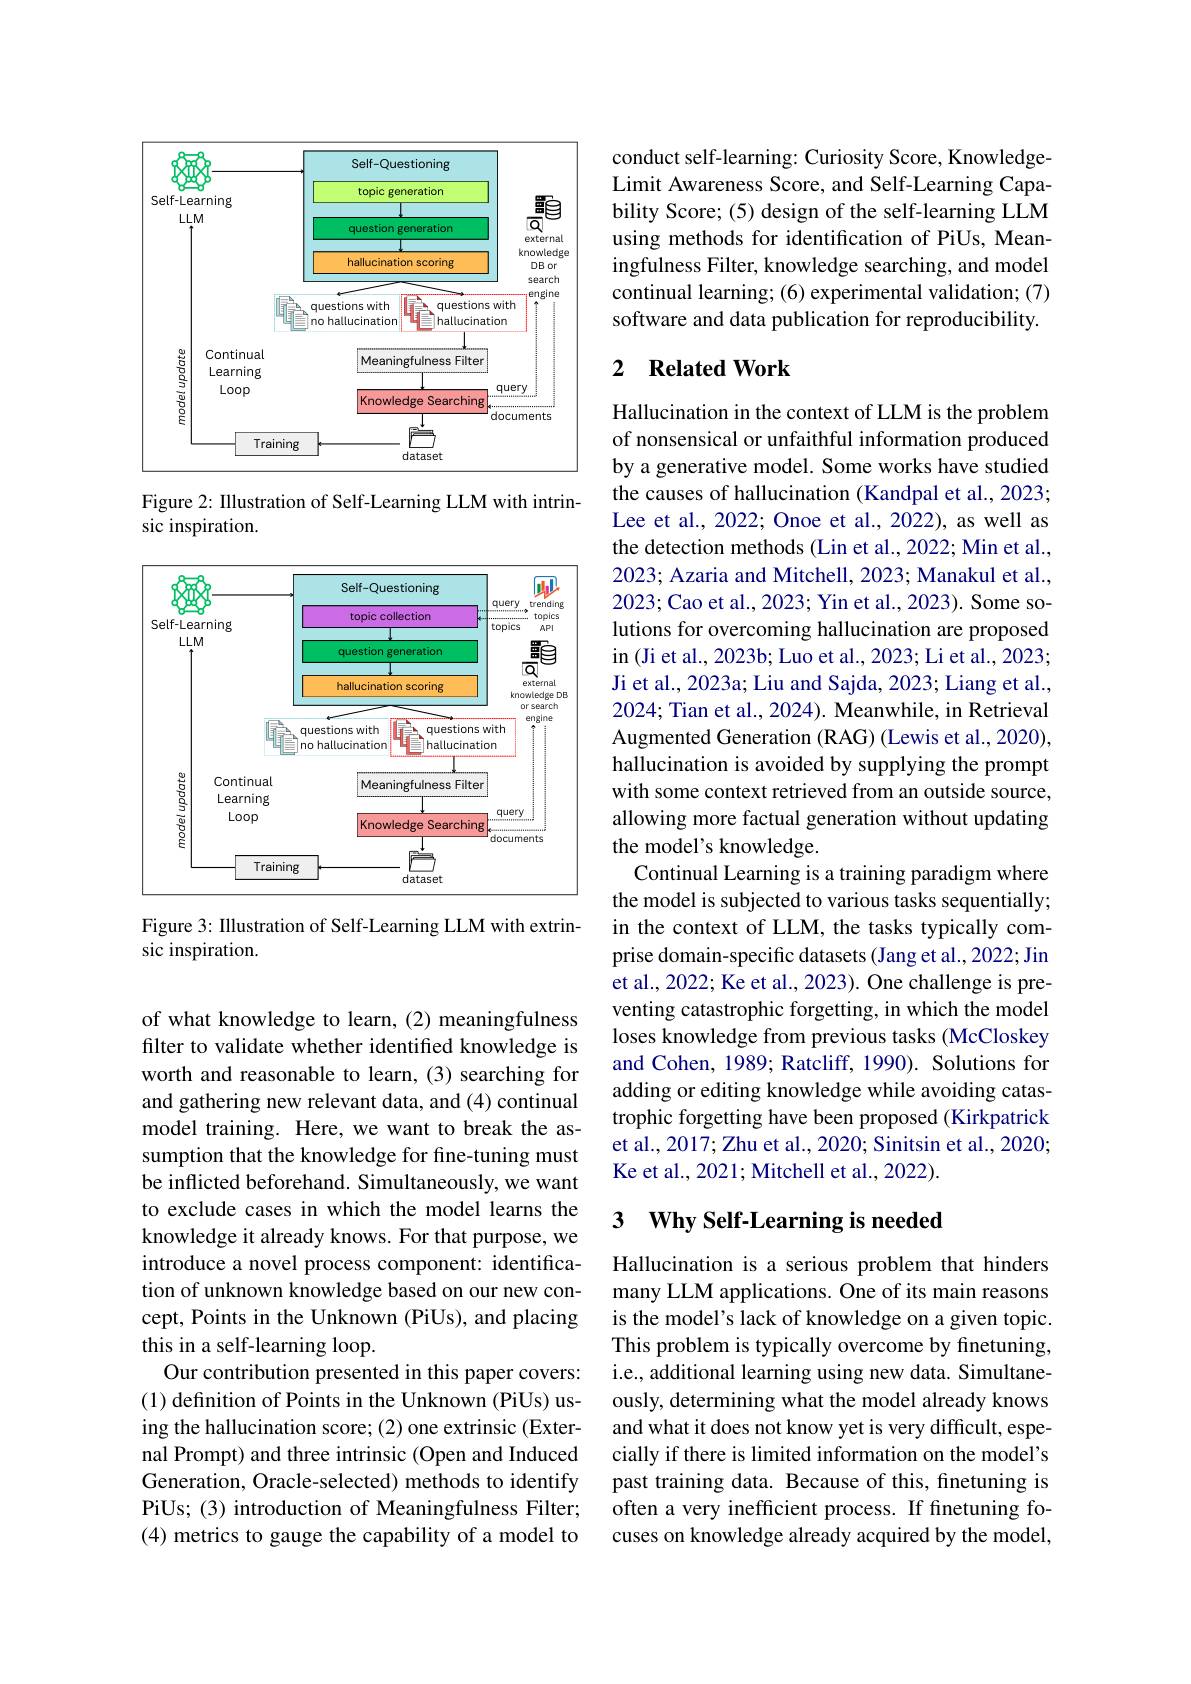
<FigureHere>

Figure 2: IIlustration of Self-Learning LLM with intrin-
sic inspiration.

<FigureHere>

Figure 3: Illustration of Self-Learning LLM with extrin-
sic inspiration.

of what knowledge to learn, (2) meaningfulness filter to validate whether identified knowledge is worth and reasonable to learn, (3) searching for and gathering new relevant data, and (4) continual model training. Here, we want to break the assumption that the knowledge for fine-tuning must be inflicted beforehand. Simultaneously, we want to exclude cases in which the model learns the knowledge it already knows. For that purpose, we introduce a novel process component: identification of unknown knowledge based on our new concept, Points in the Unknown (PiUs), and placing this in a self-learning loop.
Our contribution presented in this paper covers: (1) definition of Points in the Unknown (PiUs) using the hallucination score; (2) one extrinsic (External Prompt) and three intrinsic (Open and Induced Generation, Oracle-selected) methods to identify PiUs; (3) introduction of Meaningfulness Filter; (4) metrics to gauge the capability of a model to

conduct self-learning: Curiosity Score, KnowledgeLimit Awareness Score, and Self-Learning Capability Score; (5) design of the self-learning LLM using methods for identification of PiUs, Meaningfulness Filter, knowledge searching, and model continual learning; (6) experimental validation; (7) software and data publication for reproducibility.

## 2 Related Work

Hallucination in the context of LLM is the problem of nonsensical or unfaithful information produced by a generative model. Some works have studied the causes of hallucination (Kandpal et al., 2023; Lee et al., 2022; Onoe et al., 2022), as well as the detection methods (Lin et al.,2022; Min et al., 2023; Azaria and Mitchell, 2023; Manakul et al., 2023; Cao et al., 2023; Yin et al., 2023). Some solutions for overcoming hallucination are proposed in (Ji et al., 2023b; Luo et al., 2023; Li et al., 2023; Ji et al., 2023a; Liu and Sajda, 2023; Liang et al., 2024; Tian et al., 2024). Meanwhile, in Retrieval Augmented Generation (RAG) (Lewis et al., 2020), hallucination is avoided by supplying the prompt with some context retrieved from an outside source, allowing more factual generation without updating the model's knowledge.
Continual Learning is a training paradigm where the model is subjected to various tasks sequentially; in the context of LLM, the tasks typically comprise domain-specific datasets (Jang et al., 2022; Jin et al., 2022; Ke et al., 2023). One challenge is preventing catastrophic forgetting, in which the model loses knowledge from previous tasks (McCloskey and Cohen, 1989; Ratcliff, 1990). Solutions for adding or editing knowledge while avoiding catastrophic forgetting have been proposed (Kirkpatrick et al., 2017; Zhu et al., 2020; Sinitsin et al., 2020; Ke et al., 2021; Mitchell et al., 2022).

### 3 $\textbf{Why Self- Learning is needed}$

Hallucination is a serious problem that hinders many LLM applications. One of its main reasons is the model's lack of knowledge on a given topic. This problem is typically overcome by finetuning, i.e., additional learning using new data. Simultaneously, determining what the model already knows and what it does not know yet is very difficult, especially if there is limited information on the model's past training data. Because of this, fnetuning is often a very inefficient process. If finetuning focuses on knowledge already acquired by the model,